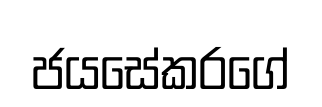
ජයසේකරගේ